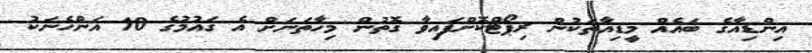
އިންޑިއާގެ ބައެއް މީޑިއާތަކުން ރިޕޯޓްކޮށްފައިވާ ގޮތުން މިހާތަނަށް އެ ގައުމުގެ 10 އަންހެނަކު